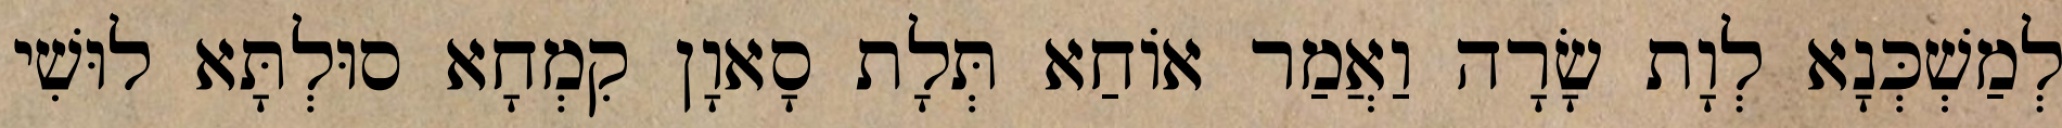
לְמַשְׁכְּנָא לְוָת שָׂרָה וַאֲמַר אוֹחַא תְּלָת סָאוָן קִמְחָא סוּלְתָּא לוּשִׁי